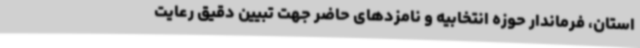
استان، فرماندار حوزه انتخابیه و نامزدهای حاضر جهت تبیین دقیق رعایت